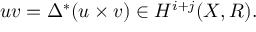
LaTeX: u v = \Delta ^ { * } ( u \times v ) \in H ^ { i + j } ( X , R ) .